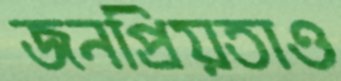
জনপ্রিয়তাও